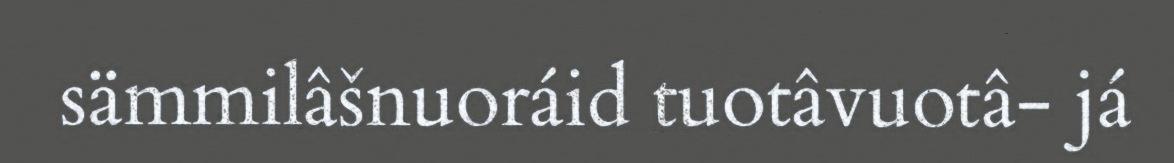
sämmilâšnuoráid tuotâvuotâ- já